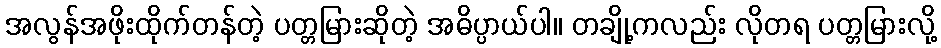
အလွန်အဖိုးထိုက်တန်တဲ့ ပတ္တမြားဆိုတဲ့ အဓိပ္ပာယ်ပါ။ တချို့ကလည်း လိုတရ ပတ္တမြားလို့